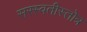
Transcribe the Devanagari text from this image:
सरस्वतीस्तोत्र